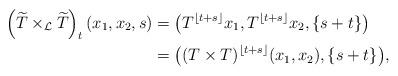
LaTeX: \begin{align*} \left(\widetilde T\times_{\mathcal L}\widetilde T\right)_t(x_1,x_2,s)&= \big(T^{\lfloor t+s\rfloor }x_1,T^{\lfloor t+s\rfloor }x_2,\{s+t\}\big)\\&= \big((T\times T)^{\lfloor t+s\rfloor }(x_1,x_2),\{s+t\}\big),\end{align*}